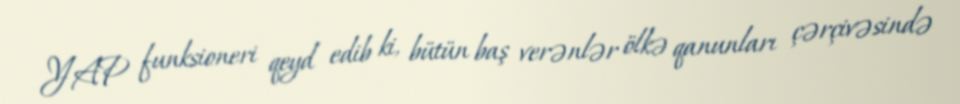
YAP funksioneri qeyd edib ki, bütün baş verənlər ölkə qanunları çərçivəsində